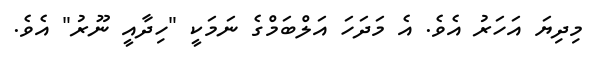
މިދިޔަ އަހަރު އެވެ. އެ މަދަހަ އަލްބަމްގެ ނަމަކީ "ހިދާއީ ނޫރު" އެވެ.